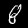
Label: 8